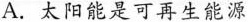
A.太阳能是可再生能源